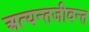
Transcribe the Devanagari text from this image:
अत्यन्तजीवन्त